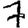
Digit: 7